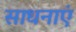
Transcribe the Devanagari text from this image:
साधनाएं